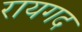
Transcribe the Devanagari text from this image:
रायगद